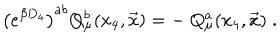
\left( e ^ { \beta D _ { 4 } } \right) ^ { a b } Q _ { \mu } ^ { b } ( x _ { 4 } , { \vec { x } } ) = - \ Q _ { \mu } ^ { a } ( x _ { 4 } , { \vec { x } } ) \; .